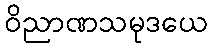
ဝိညာဏသမုဒယေ